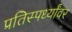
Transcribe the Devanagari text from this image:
प्रतिस्पर्ध्यांवर